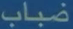
ضباب